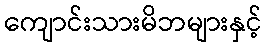
ကျောင်းသားမိဘများနှင့်